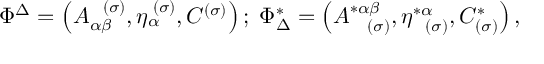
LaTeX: \Phi ^ { \Delta } = \left( A _ { \alpha \beta } ^ { \; \; \; ( \sigma ) } , \eta _ { \alpha } ^ { \; ( \sigma ) } , C ^ { ( \sigma ) } \right) ; \; \Phi _ { \Delta } ^ { * } = \left( A _ { \; \; \; \; ( \sigma ) } ^ { * \alpha \beta } , \eta _ { \; \; \; ( \sigma ) } ^ { * \alpha } , C _ { ( \sigma ) } ^ { * } \right) ,